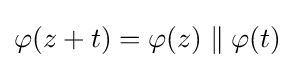
\varphi (z+t)=\varphi (z)\parallel \varphi (t)